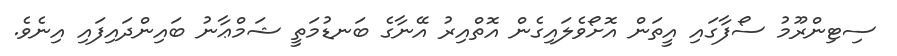
ސިޓިންރޫމު ސޯފާގައި އީތަން އޮށޯވެލައިގެން އޮތްއިރު އޭނާގެ ބަނޑުމަތީ ޝަމްޢާނު ބައިންދައިފައި އިނެވެ.